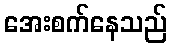
အေးစက်နေသည်